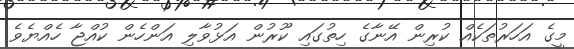
މީގެ އަހަރުތަކެއް ކުރިން އޭނާގެ ހިތުގައި ކޫރުން އަޅުވާލި އަންހެން ކުއްޖާ ހެއްޔެވެ